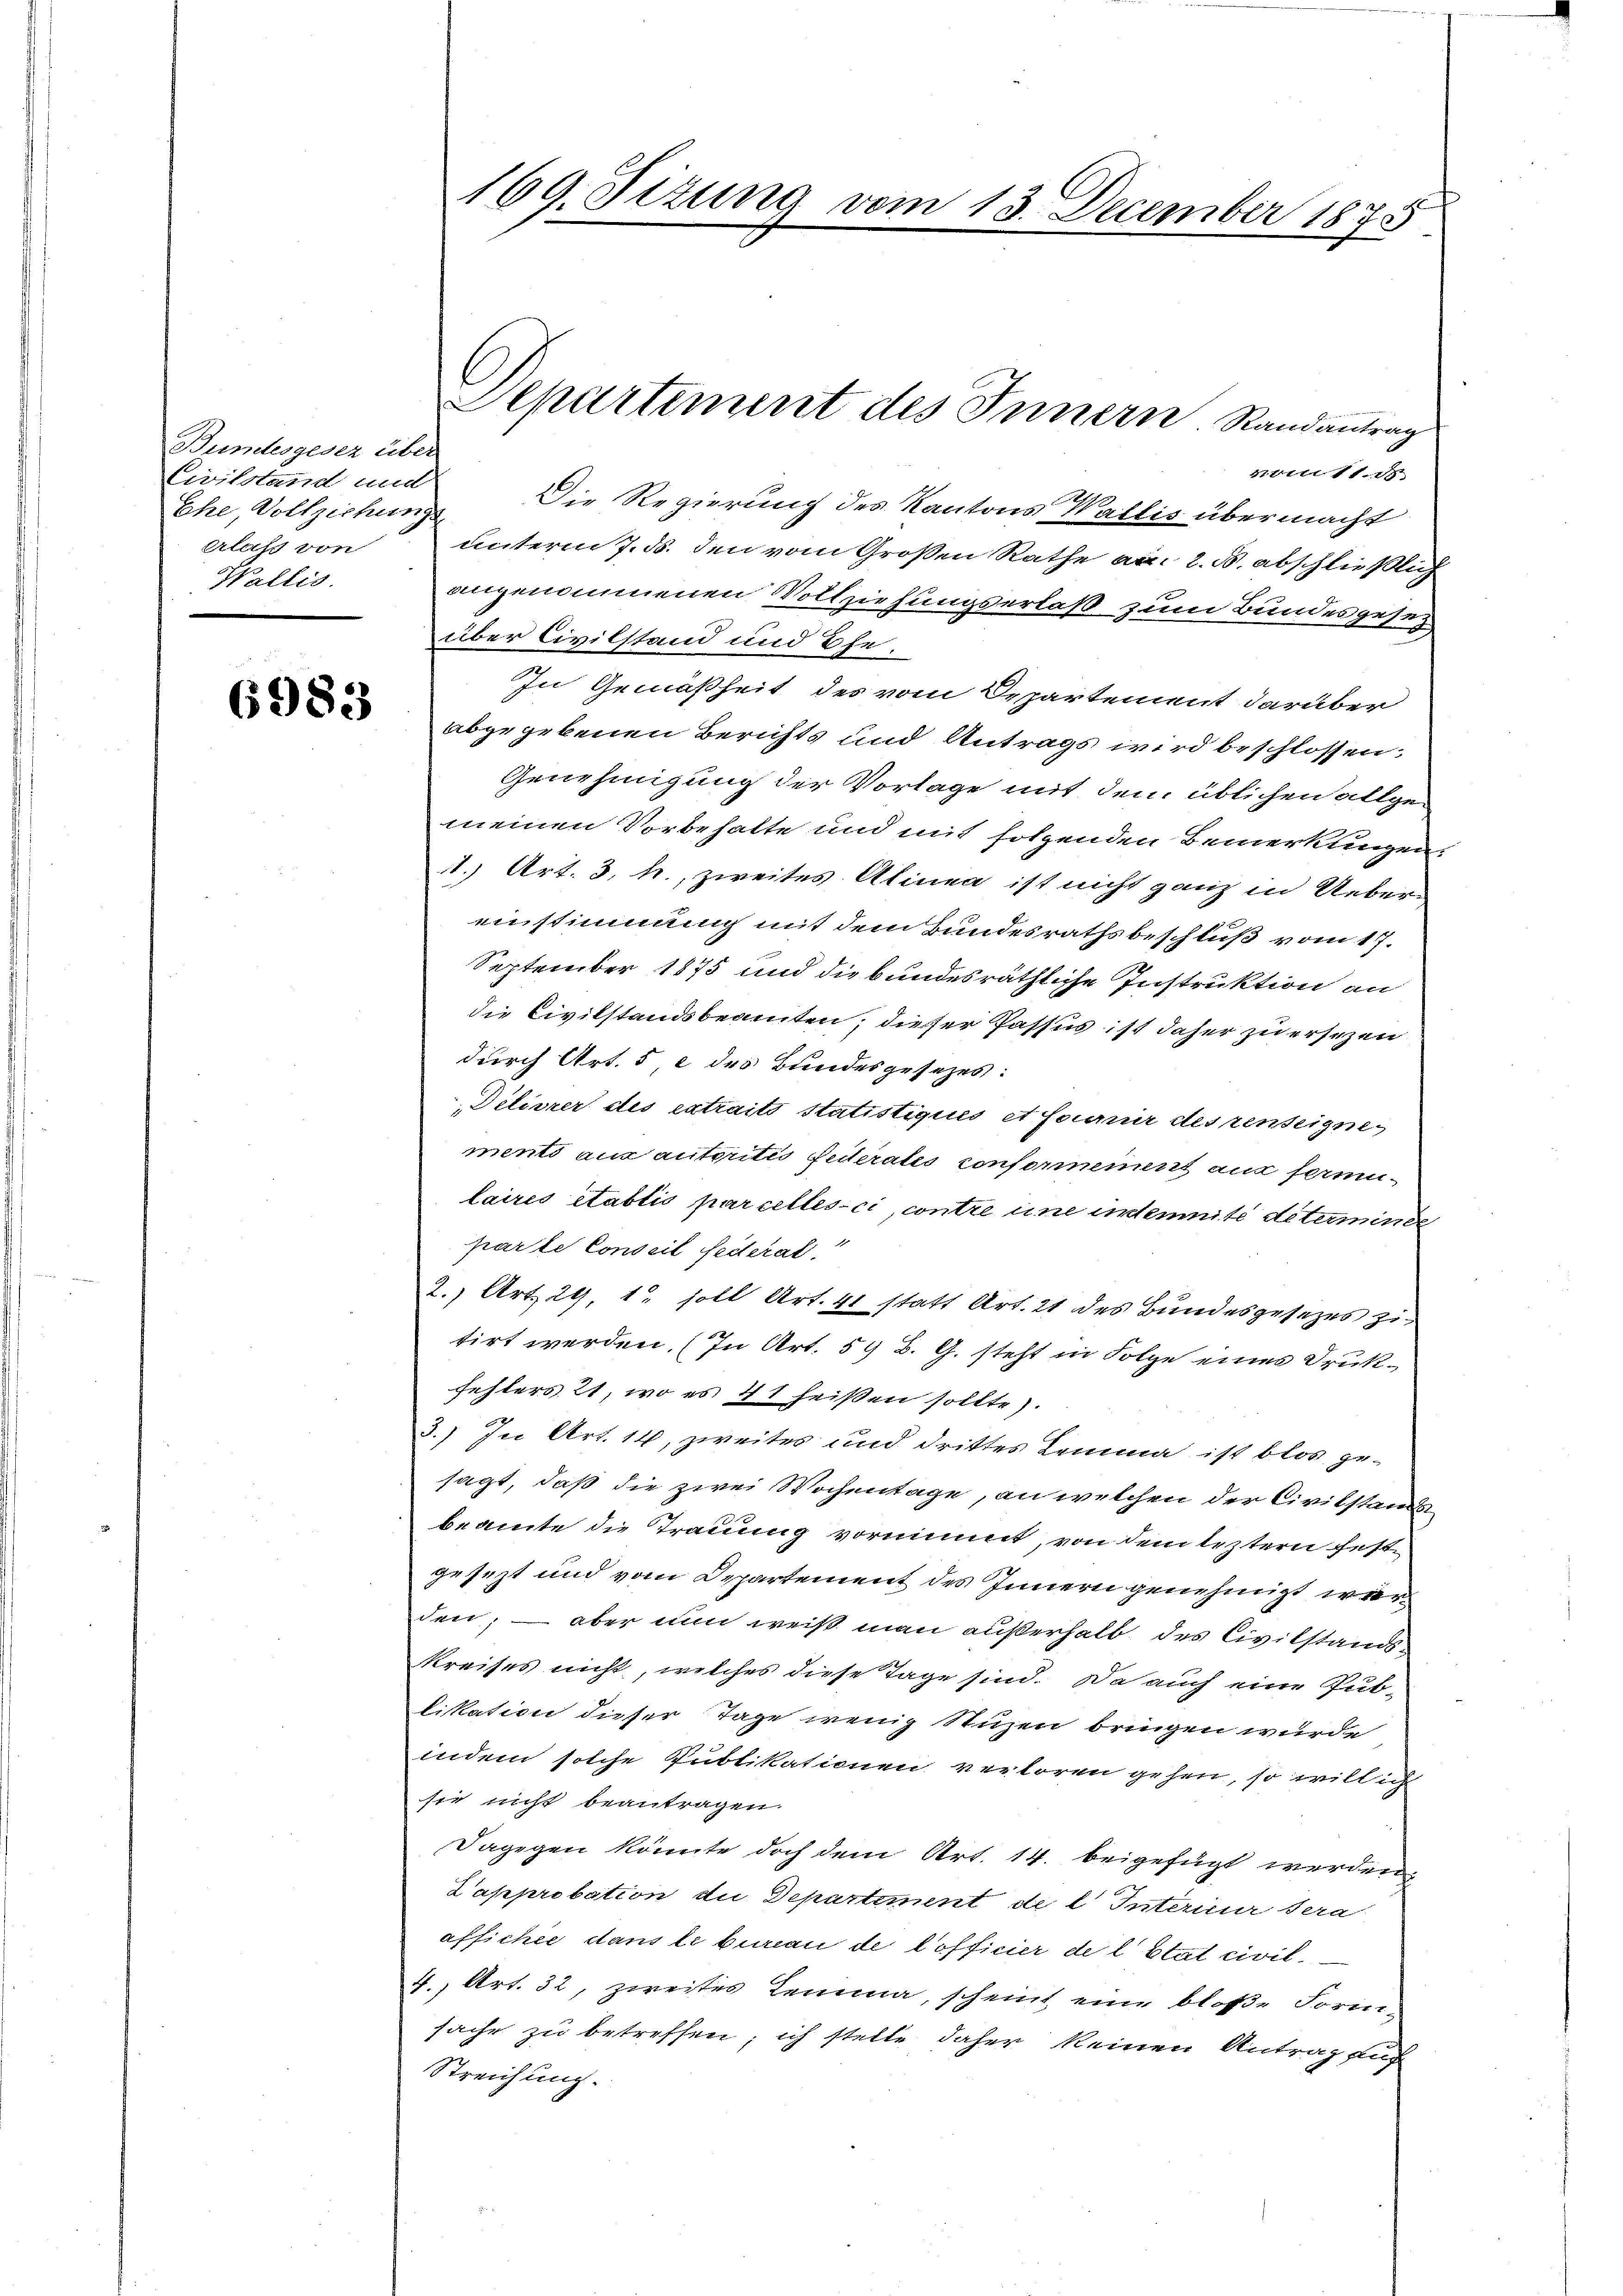
Bundesgeser über
Civilstand und
Ehe, Vollziehungs
erlass von
Wallis.

6983

3ttttr 11.
Die Regierung des Kantons Wallis übermacht
unterm 7. ds. den vom Großen Rathe am 2. d. abschließlich
angenommenen Vollziehungserlaß zum Bundesgesez
über Civilstand und Ehe.
In Gemäßheit des vom Departement darüber
abgegebenen Berichts und Antrags wird beschlossen:
Genehmigung der Vorlage mit dem üblichen allgemeinen Vorbehalte und mit solgenden Bemerkungen,
1.) Art. 3. h., zweites Alinea ist nicht ganz in Ueberenstimmung mit dem Bundesrathsbeschluß vom 17.
September 1875 und die bundesräthliche Instruktion an
die Civilstandsbeamten, dieser Passus ist daher zu ersezen
durch Art. 5 c des Bundesgesezes:
Délivrer des extraits statistiqués et fournir des renteigne
ments aus autoritis federates confornement aus fermilaires établis parcelles-ci, contre eine unternité déterminde
parte Conseil federat.
2., Art. 29, 1. soll Art. 41 statt Art. 21 des Bundesgesetzes zu
tirt werden. (In Art. 59 B. G. steht in Folge eines Drukfehlers 21, wo es 41 heißen sollte).
3.) In Art. 14, zweites und drittes Lemma ist blos gesagt, daß die zwei Wochentage, an welchen der Civilstands
beamte die Trauung vornimmt, von dem leztern festgesezt und vom Departement des Innern genehmigt werden; – aber nun weiß man außerhalb des Civilstandskreises nicht, welches diese Tage sind. Da auch eine Publikation dieser Tage wenig Stuzen bringen wurde
indem solche Publikationen verloren gehen, so willig
sie nicht beantragen.
Dagegen könnte doch dem Art. 14. beigefügt werden
Dapprobation die Departiment de l Interieur sera
affichée dans le bureau de lofficier de l’Etat civil¬
4., Art. 32, zweites Lemma, scheint eine bloße Form-
sache zu betreffen; ich stelle daher keinen Antrag auf
Streichung.

169. Titung vom 13. December 1875

Departement des Innern Randantrag